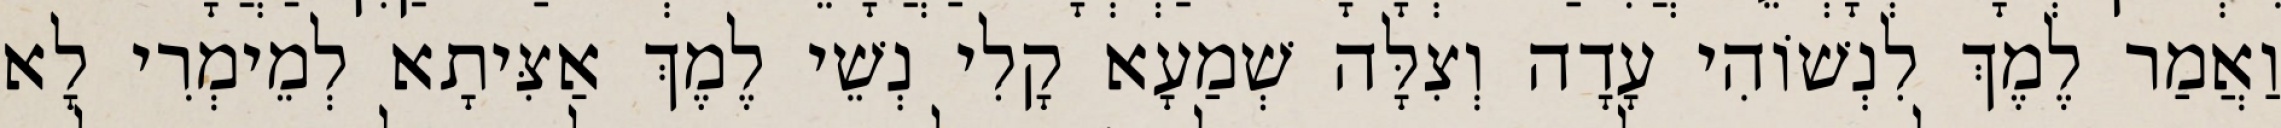
וַאֲמַר לֶמֶךְ לִנְשׁוֹהִי עָדָה וְצִלָּה שְׁמַעָא קָלִי נְשֵׁי לֶמֶךְ אַצִּיתָא לְמֵימְרִי לָא